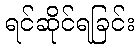
ရင်ဆိုင်ရခြင်း